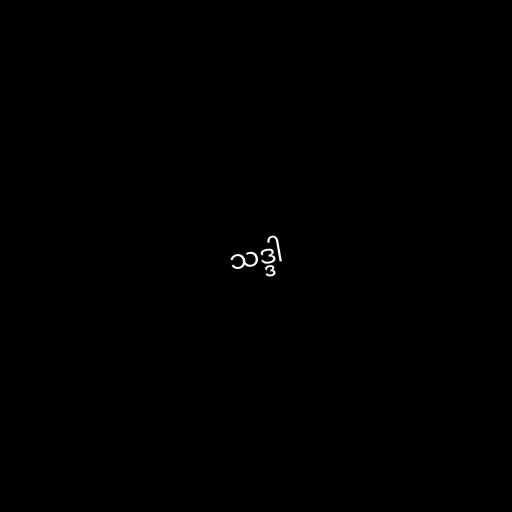
သဒ္ဒါ